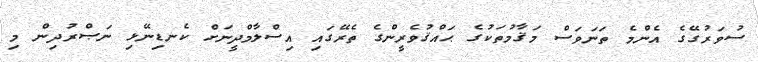
ސުވަރުގޭގެ އެންމެ ތަނަވަސް މަޤާމުތަކުގެ ޙައްޤުވެރީންގެ ތެރޭގައި އިސްލާމްދީނަށް ކެނޑިނޭޅި ނަޞްރުދިން މި